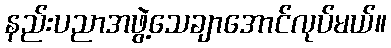
နည်းပညာအဖွဲ့သေချာအောင်လုပ်မယ်။